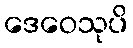
ဒေဝေသုပိ